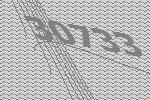
30733